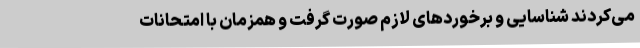
می‌کردند شناسایی و برخوردهای لازم صورت گرفت و همزمان با امتحانات